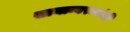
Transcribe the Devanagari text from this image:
सामान्यरूपांची